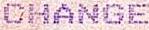
CHANGE